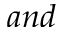
a n d